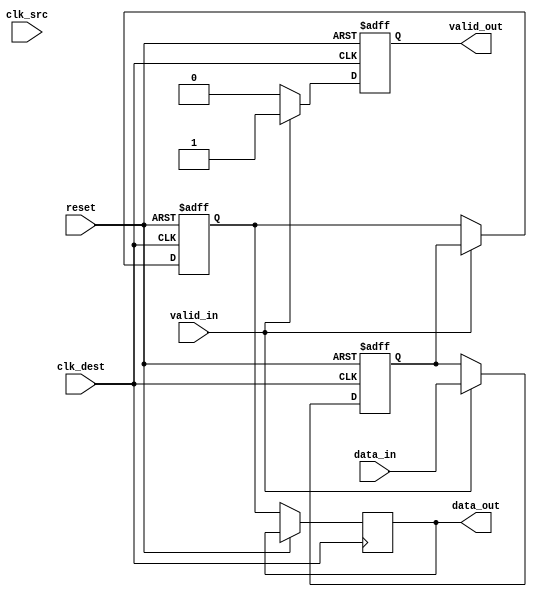
module MemoryBlocksPipelineSynchronizer #(
    parameter DATA_WIDTH = 8  // Adjustable data width
)(
    input wire                clk_src,      // Source clock
    input wire                clk_dest,     // Destination clock
    input wire [DATA_WIDTH-1:0] data_in,    // Input data to be synchronized
    input wire                reset,        // Asynchronous reset
    input wire                valid_in,     // Input valid signal
    output reg [DATA_WIDTH-1:0] data_out,  // Synchronized output data
    output reg                valid_out      // Output valid signal
);

    // Declare internal flip-flop registers
    reg [DATA_WIDTH-1:0] stage_1;
    reg [DATA_WIDTH-1:0] stage_2;
    
    // Synchronization logic
    always @(posedge clk_dest or posedge reset) begin
        if (reset) begin
            stage_1 <= {DATA_WIDTH{1'b0}};
            stage_2 <= {DATA_WIDTH{1'b0}};
            valid_out <= 1'b0;
        end else begin
            // Only capture data when valid is high
            if (valid_in) begin
                stage_1 <= data_in;   // Stage 1 flip-flop
                stage_2 <= stage_1;   // Stage 2 flip-flop
                valid_out <= 1'b1;     // Set output valid signal
            end else begin
                valid_out <= 1'b0;     // Clear output valid if input is not valid
            end
            
            data_out <= stage_2; // Output the synchronized data
        end
    end

endmodule